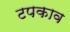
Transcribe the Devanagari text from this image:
टपकाव